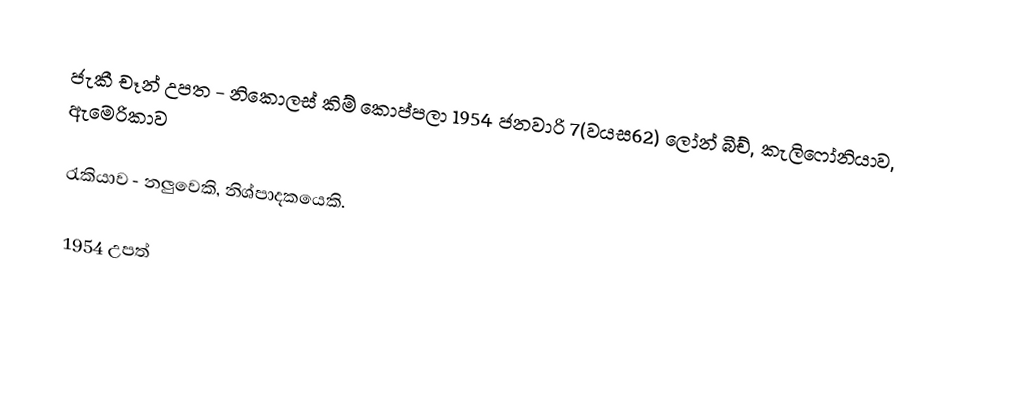
ජැකී චෑන් උපත		- නිකොලස් කිම් කොප්පලා 1954 ජනවාරි 7(වයස62) ලෝන් බීච්, කැලිෆෝනියාව, ඇමෙරිකාව

රැකියාව		- නලුවෙකි, නිශ්පාදකයෙකි.

1954 උපත්